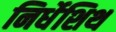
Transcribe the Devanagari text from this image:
निर्धेशिथ